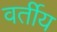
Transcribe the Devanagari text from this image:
वर्तीय